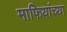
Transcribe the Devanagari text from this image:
माफियांच्या